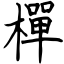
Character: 樿